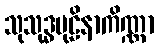
သုသုဒ္ဓပုဠိနာကိဏ္ဏာ